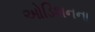
ઓડિશનના